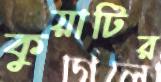
কুয়াটির